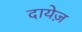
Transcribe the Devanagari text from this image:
दायेज़